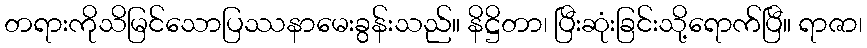
တရားကိုသိမြင်သောပြဿနာမေးခွန်းသည်။ နိဋ္ဌိတာ၊ ပြီးဆုံးခြင်းသို့ရောက်ပြီ။ ရာဇာ၊